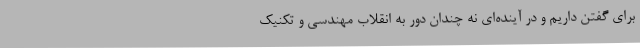
برای گفتن داریم و در آینده‌ای نه چندان دور به انقلاب مهندسی و تکنیک